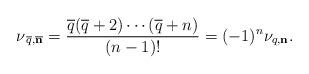
LaTeX: \begin{align*}\nu_{\,\overline q,\overline{\bf n}}={\overline q(\overline q+2)\cdots(\overline q+n)\over (n-1)!}=(-1)^n\nu_{q,{\bf n}}.\end{align*}